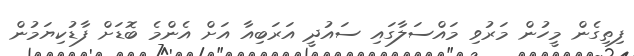
ފިތިގެން މީހުން މަރުވި މައްސަލާގައި ސައުދީ އަރަބިއާ އަށް އެެންމެ ބޮޑަށް ފާޑުކިޔަމުން